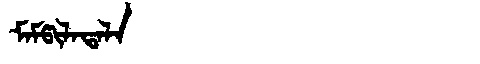
Manchu: ᠮᠠᠮᡦᡳᠯᠠᡨᠠᠯᠠ
Romanization: MAMPILATALA